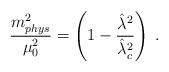
LaTeX: \begin{align*}\frac {m^2_{phys}} {\mu_0^2} = \left(1- \frac { {{\hat{\lambda}^2}}}{{{\hat{\lambda}}^2_c}} \right) \; .\end{align*}